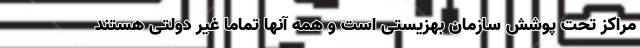
مراکز تحت پوشش سازمان بهزیستی است و همه‌ آنها تماما غیر دولتی هستند